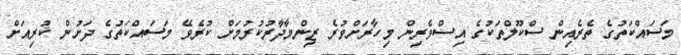
މަސައްކަތުގެ ތެރެއިން ސްކޫލްތަކުގެ އިސްވެރިން މިހާރަށްވުރެ ޒިންމާދާރުކުރުމަށް ކުރެވޭ މަސައްކަތުގެ ދަށުން ކުރިއަށް